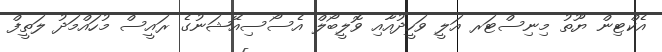
އެކްޓިން ޔޫތު މިނިސްޓަރ އަލީ ވަހީދުއާއި ވޮލީބޯލް އެސޯސިއޭޝަނުގެ ރައީސް މުހައްމަދު ލަތީފް